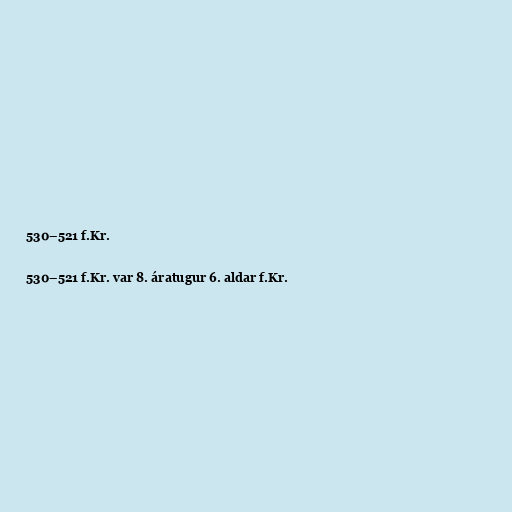
530–521 f.Kr.

530–521 f.Kr. var 8. áratugur 6. aldar f.Kr.